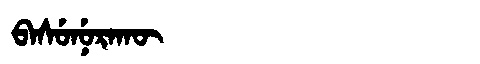
Manchu: ᠪᠠᠰᡠᠨᡠᡵᠠᡴᡡ
Romanization: BASUNURAKŪ